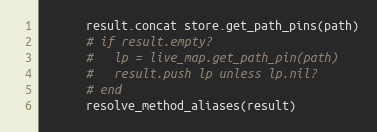
Language: Ruby
      result.concat store.get_path_pins(path)
      # if result.empty?
      #   lp = live_map.get_path_pin(path)
      #   result.push lp unless lp.nil?
      # end
      resolve_method_aliases(result)